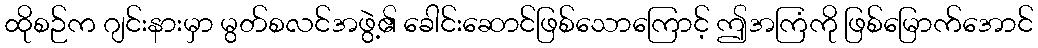
ထိုစဉ်က ဂျင်းနားမှာ မွတ်စလင်အဖွဲ့၏ ခေါင်းဆောင်ဖြစ်သောကြောင့် ဤအကြံကို ဖြစ်မြောက်အောင်